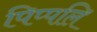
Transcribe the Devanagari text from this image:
पिप्पलि